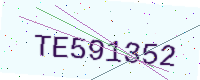
Text: TE591352